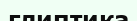
глиптика